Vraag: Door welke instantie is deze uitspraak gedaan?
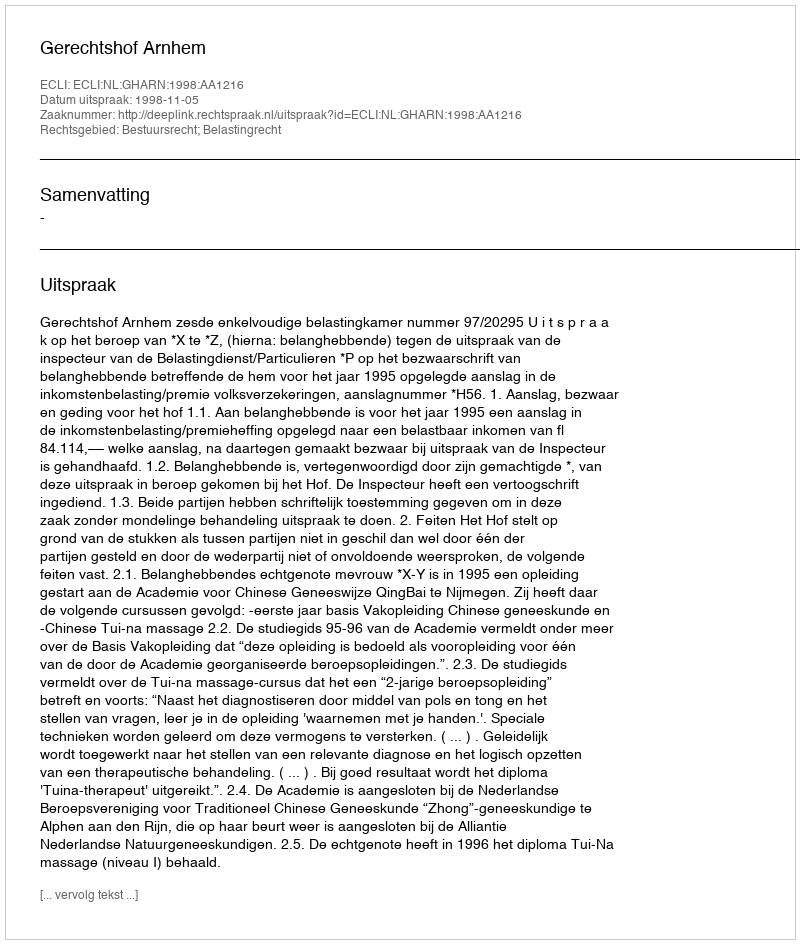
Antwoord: Gerechtshof Arnhem